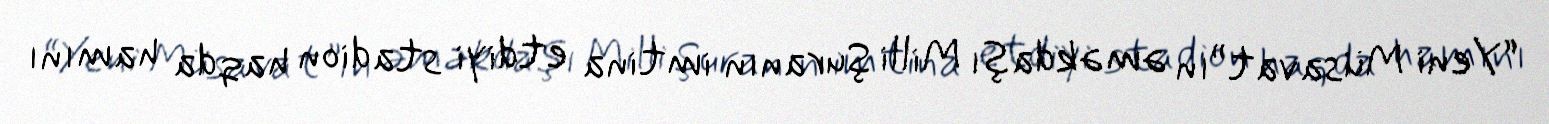
“Yeni Müsavat”ın əməkdaşı Milli Şuranın imtina etdiyi stadion haqda hamını